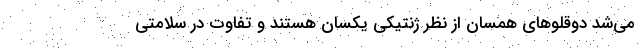
می‌شد دوقلو‌های همسان از نظر ژنتیکی یکسان هستند و تفاوت در سلامتی